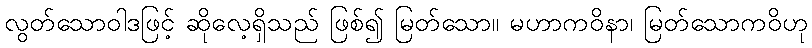
လွတ်သောဝါဒဖြင့် ဆိုလေ့ရှိသည် ဖြစ်၍ မြတ်သော။ မဟာကဝိနာ၊ မြတ်သောကဝိဟု